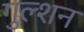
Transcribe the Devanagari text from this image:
गुल्शन